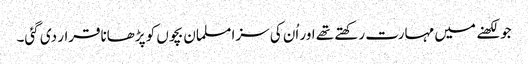
جو لکھنے میں مہارت رکھتے تھے اور اُن کی سزا مسلمان بچوں کو پڑھاناقرار دی گئی۔